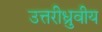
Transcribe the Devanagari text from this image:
उत्तरीध्रुवीय